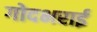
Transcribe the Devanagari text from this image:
गोदभराई